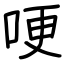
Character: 哽